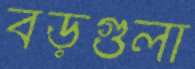
বড়গুলা